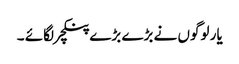
یار لوگوں نے بڑے بڑے پنکچر لگائے ۔